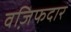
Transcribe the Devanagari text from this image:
वजि़फदार